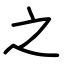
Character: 之